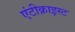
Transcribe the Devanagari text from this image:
एंटीक्राइस्ट